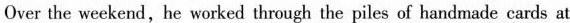
Over the weekend, he worked through the piles of handmade cards at